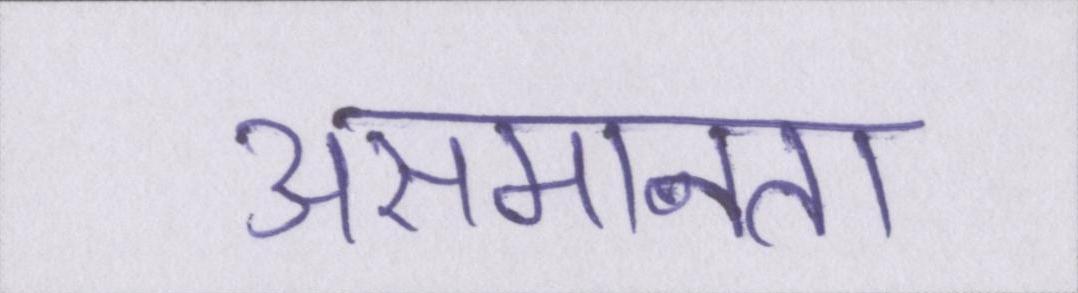
असमानता